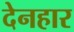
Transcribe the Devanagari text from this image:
देनहार